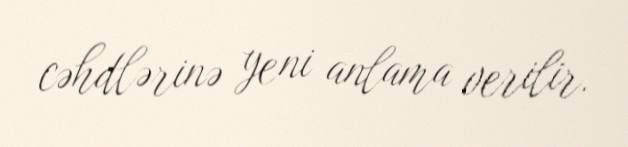
cəhdlərinə yeni anlama verilir.